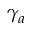
\gamma _ { a }